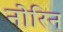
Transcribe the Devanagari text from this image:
नोरिन